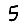
Digit: 5